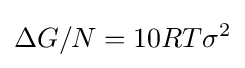
{\Delta G/N=10RT\sigma ^{2}}